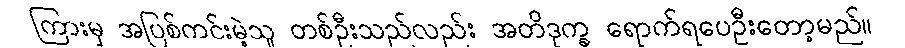
ကြားမှ အပြစ်ကင်းမဲ့သူ တစ်ဦးသည်လည်း အတိဒုက္ခ ရောက်ရပေဦးတော့မည်။